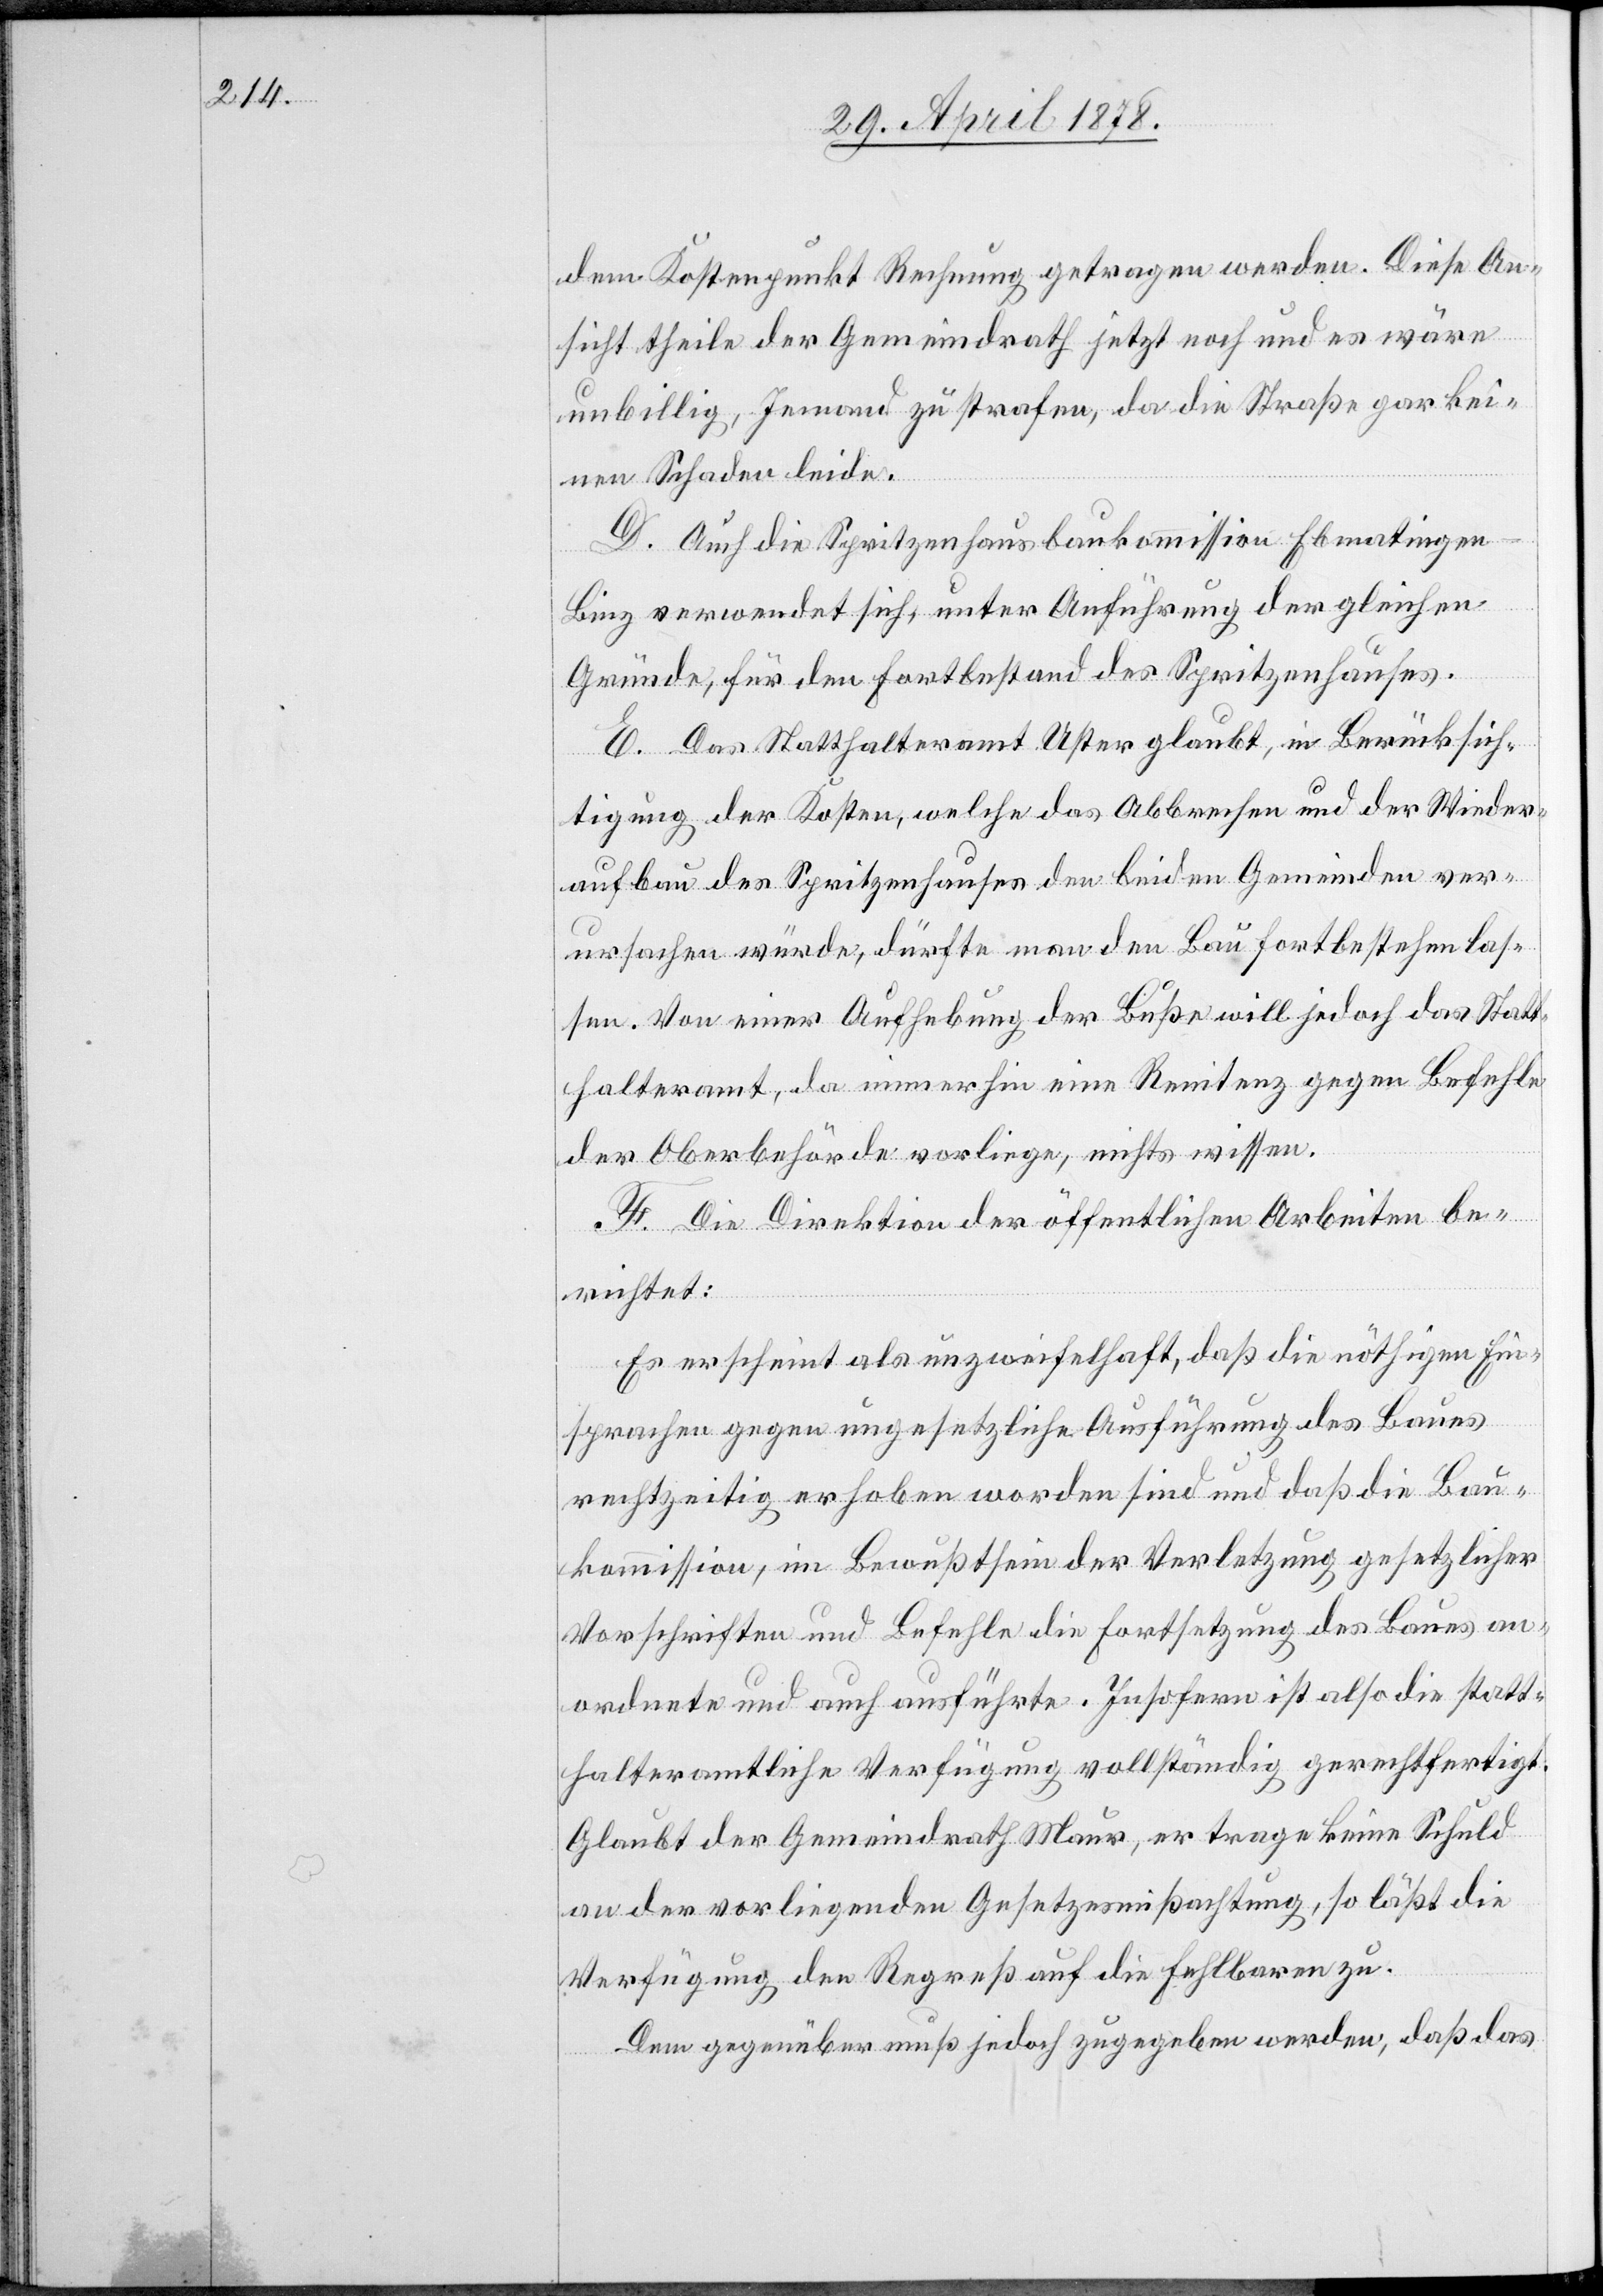
dem Kostenpunkt Rechnung getragen werden. Diese An¬
sicht theile der Gemeindrath jetzt noch und es wäre
unbillig, Jemand zu strafen, da die Straße gar kei¬
nen Schaden leide.
D. Auch die Spritzenhausbaukommission Ebmatingen
-
Binz verwendet sich, unter Anführung der gleichen
Gründe, für den Fortbestand des Spritzenhauses.
E. Das Statthalteramt Uster glaubt, in Berücksich¬
tigung der Kosten, welche das Abbrechen und der Wieder¬
aufbau des Spritzenhauses den beiden Gemeinden ver¬
ursachen würde, dürfte man den Bau fortbestehen las¬
sen. Von einer Aufhebung der Buße will jedoch das Statt¬
halteramt, da immerhin eine Renitenz gegen Befehle
der Oberbehörde vorliege, nichts wissen.
F. Die Direktion der öffentlichen Arbeiten be¬
richtet:
Es erscheint als unzweifelhaft, daß die nöthigen Ein¬
sprachen gegen ungesetzliche Ausführung des Baues
rechtzeitig erhoben worden sind und daß die Bau¬
kommission, im Bewusstsein der Verletzung gesetzlicher
Vorschriften und Befehle die Fortsetzung des Baues an¬
ordnete und auch ausführte. Insofern ist also die statt¬
halteramtliche Verfügung vollständig gerechtfertigt.
Glaubt der Gemeindrath Maur, er trage keine Schuld
an der vorliegenden Gesetzesmißachtung, so läßt die
Verfügung der Regreß auf die Fehlbaren zu.
Dem gegenüber muß jedoch zugegeben werden, daß das